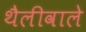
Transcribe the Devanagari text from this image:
थैलीवाले